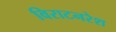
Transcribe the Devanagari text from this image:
विराटनरेश